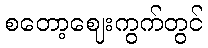
စတော့ဈေးကွက်တွင်